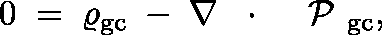
0 \; = \; \varrho _ { \mathrm { g c } } \; - \; \nabla \, \mathrm { ~ \boldmath ~ \cdot ~ } \, \mathrm { ~ \boldmath ~ \cal ~ P ~ } _ { \mathrm { g c } } ,